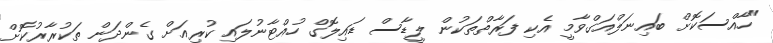
"ހާއްސަކޮށް ބައިނަލްއަގްވާމީ އެކި ފަރާތްތަކުން ލީޑާސް ޑައިލޮގް ހުއްޓާނުލައި ކުރިއަށް ގެންދަން ތަކުރާރުކޮށް